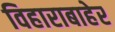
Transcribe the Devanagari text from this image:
विहाराबाहेर